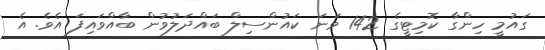
ގައުމީ ހިންގާ ކޮމިޓީގެ 142 ވަނަ ކައުންސިލް ބައްދަލުވުން ބާއްވައިފަ އެވެ. އެ